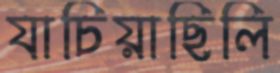
যাচিয়াছিলি